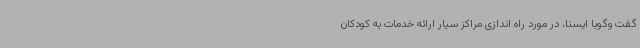
گفت وگوبا ایسنا، در مورد راه اندازی مراکز سیار ارائه خدمات به کودکان